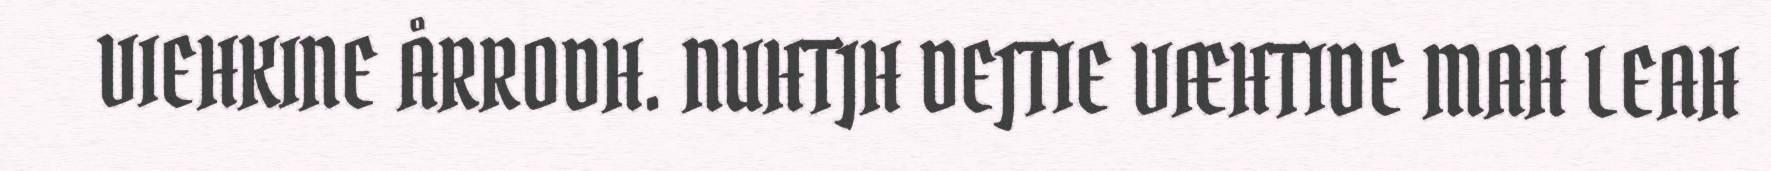
VIEHKINE ÅRRODH. NUHTJH DEJTIE VÆHTIDE MAH LEAH